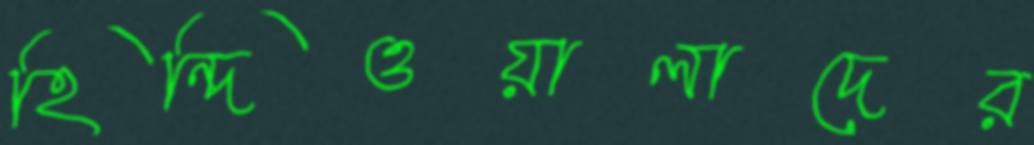
হিন্দিওয়ালাদের